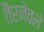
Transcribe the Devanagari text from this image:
तैरनेवले